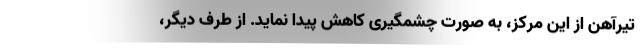
تیرآهن از این مرکز، به صورت چشمگیری کاهش پیدا نماید. از طرف دیگر،